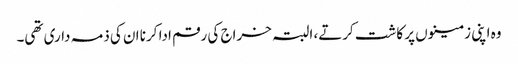
وہ اپنی زمینوں پر کاشت کرتے، البتہ خراج کی رقم ادا کرنا ان کی ذمہ داری تھی۔